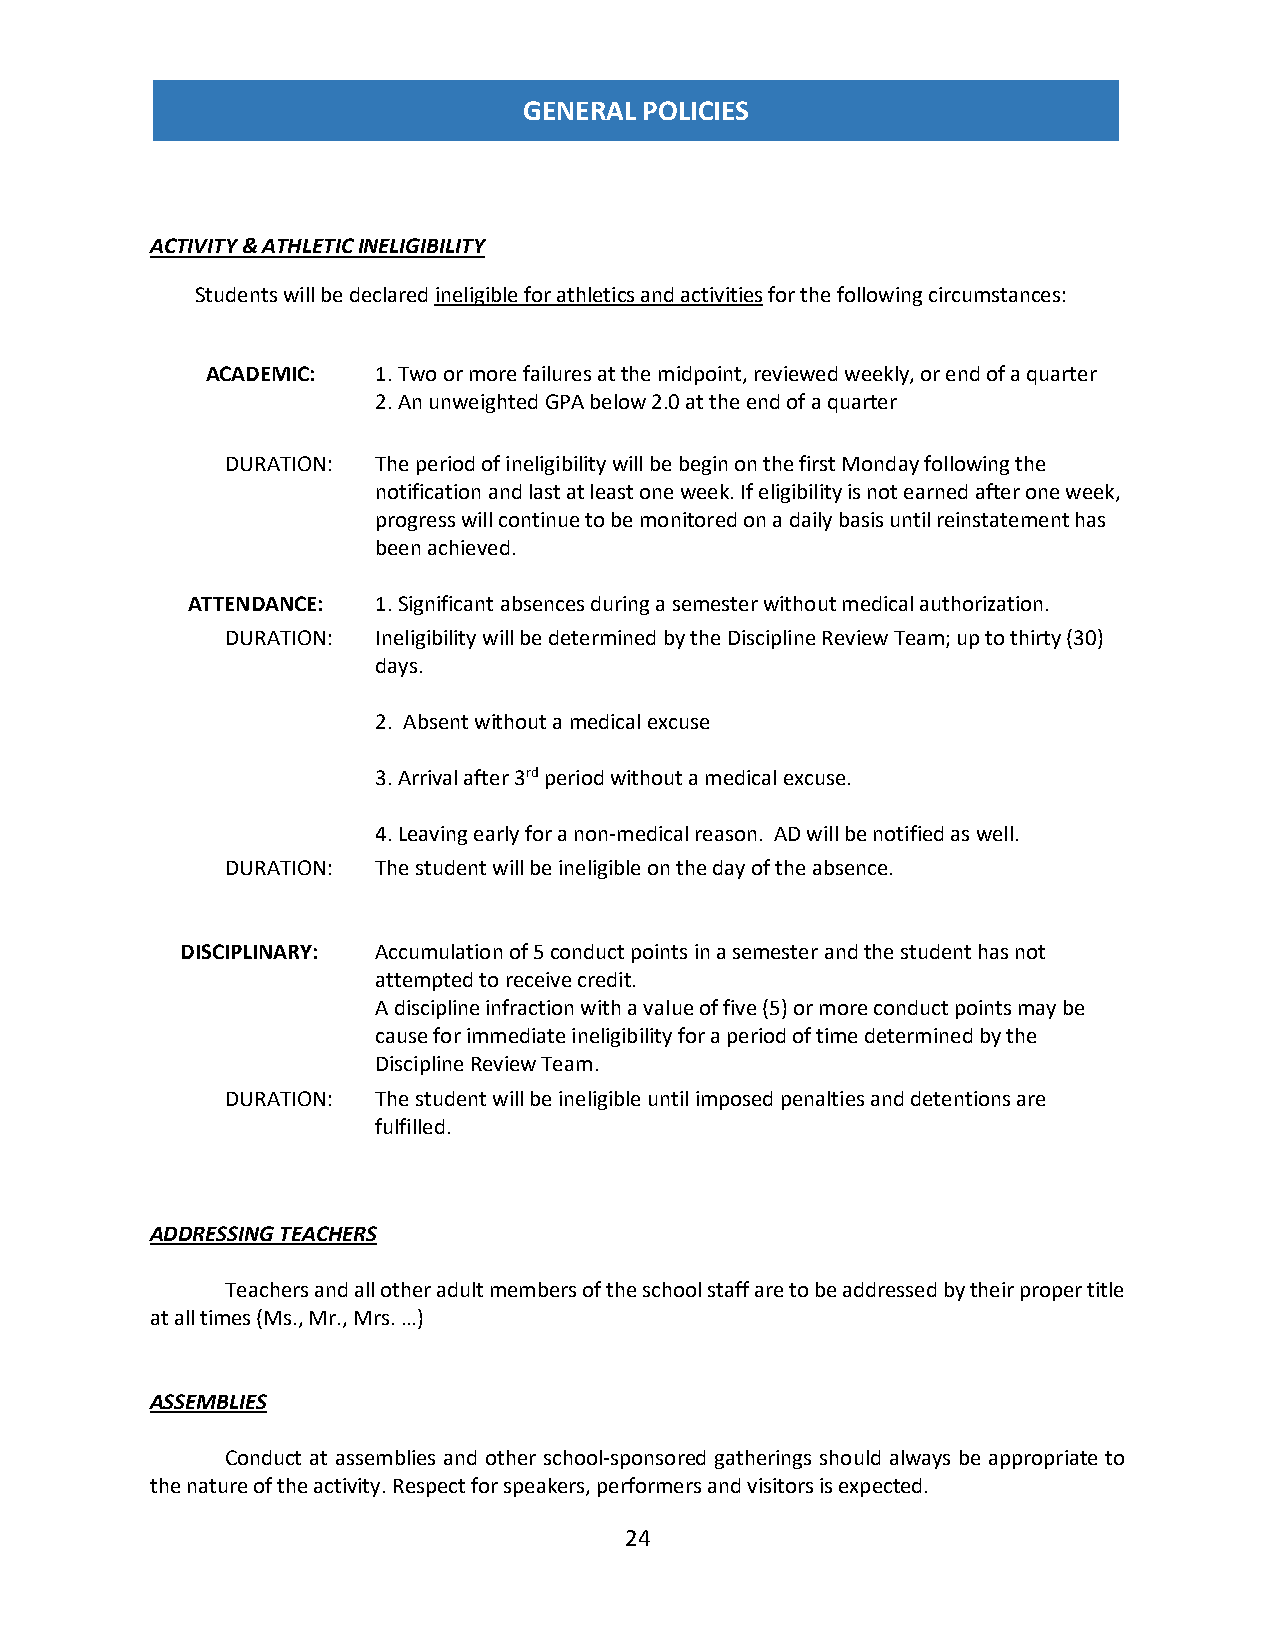
GENERAL POLICIES
 ACTIVITY & ATHLETIC INELIGIBILITY
 Students will be declared ineligible for athletics and activities for the following circumstances:
 ACADEMIC:  1. Two or more failures at the midpoint, reviewed weekly, or end of a quarter
 2. An unweighted GPA below 2.0 at the end of a quarter
 DURATION: The period of ineligibility will be begin on the first Monday following the
 notification and last at least one week. If eligibility is not earned after one week,
 progress will continue to be monitored on a daily basis until reinstatement has
 been achieved.
 ATTENDANCE:  1. Significant absences during a semester without medical authorization.
 DURATION: Ineligibility will be determined by the Discipline Review Team; up to thirty (30)
 days.
 2. Absent without a medical excuse
 3. Arrival after 3rd period without a medical excuse.
 4. Leaving early for a non-medical reason. AD will be notified as well.
 DURATION: The student will be ineligible on the day of the absence.
 DISCIPLINARY: Accumulation of 5 conduct points in a semester and the student has not
 attempted to receive credit.
 A discipline infraction with a value of five (5) or more conduct points may be
 cause for immediate ineligibility for a period of time determined by the
 Discipline Review Team.
 DURATION: The student will be ineligible until imposed penalties and detentions are
 fulfilled.
 ADDRESSING TEACHERS
 Teachers and all other adult members of the school staff are to be addressed by their proper title
 at all times (Ms., Mr., Mrs. …)
 ASSEMBLIES
 Conduct at assemblies and other school-sponsored gatherings should always be appropriate to
 the nature of the activity. Respect for speakers, performers and visitors is expected.
 24